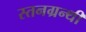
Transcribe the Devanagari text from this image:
स्तनग्रन्थी